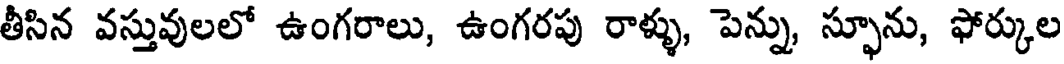
తీసిన వస్తువులలో ఉంగరాలు, ఉంగరపు రాళ్ళు, పెన్ను, స్ఫూను, ఫోర్కుల